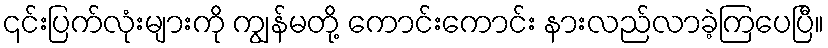
၎င်းပြက်လုံးများကို ကျွန်မတို့ ကောင်းကောင်း နားလည်လာခဲ့ကြပေပြီ။